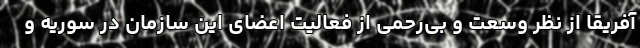
آفریقا از نظر وسعت و بی‌رحمی از فعالیت اعضای این سازمان در سوریه و